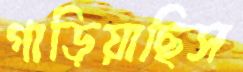
গাড়িয়াছিস